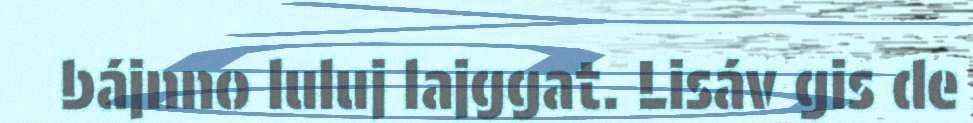
bájnno luluj lajggat. Lisáv gis de